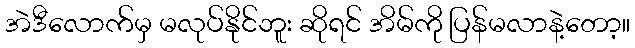
အဲဒီလောက်မှ မလုပ်နိုင်ဘူး ဆိုရင် အိမ်ကို ပြန်မလာနဲ့တော့။